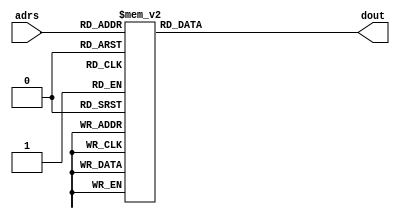
`timescale 1ns/1ns

module rom(adrs, dout);
	input  [3:0] adrs;
	output [7:0] dout;
	reg    [7:0] dout;

	always@(adrs) begin
		case(adrs)
			/*  */
			4'b0000: dout <= 8'h05;
			4'b0001: dout <= 8'h14;
			4'b0010: dout <= 8'h02;
			4'b0011: dout <= 8'h54;
			4'b0100: dout <= 8'h48;
			4'b0101: dout <= 8'h1e;
			4'b0110: dout <= 8'hxx;
			4'b0111: dout <= 8'hxx;
			4'b1000: dout <= 8'hxx;
			4'b1001: dout <= 8'hxx;
			4'b1010: dout <= 8'hxx;
			4'b1011: dout <= 8'hxx;
			4'b1100: dout <= 8'hxx;
			4'b1101: dout <= 8'hxx;
			4'b1110: dout <= 8'hxx;
			4'b1111: dout <= 8'hxx;
			default: dout <= 8'hxx;
			/*  */
		endcase
	end
endmodule